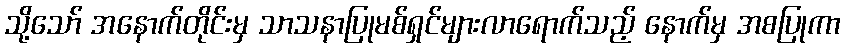
သို့သော် အနောက်တိုင်းမှ သာသနာပြုမစ်ရှင်များလာရောက်သည့် နောက်မှ အစပြုကာ